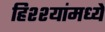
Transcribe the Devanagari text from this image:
हिश्श्यांमध्ये